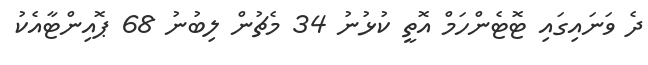
ދެ ވަނައިގައި ޓޮޓެންހަމް އޮތީ ކުޅުނު 34 މެޗުން ލިބުނު 68 ޕޮއިންޓާއެކު